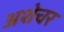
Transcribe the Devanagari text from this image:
अशेचर